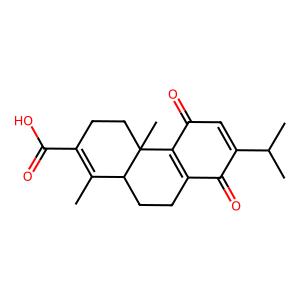
SMILES: CC1=C(C(=O)O)CCC2(C)C3=C(CCC12)C(=O)C(C(C)C)=CC3=O
Inhibits HIV replication: No